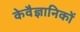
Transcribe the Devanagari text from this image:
केवैज्ञानिकों